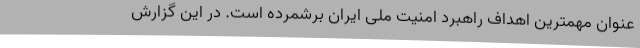
عنوان مهمترین اهداف راهبرد امنیت ملی ایران برشمرده است. در این گزارش